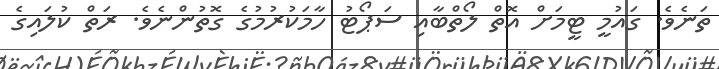
ތަނެވެ. ގައުމީ ޓީމަށް އޮތް ލޯތްބާއި ސަޕޯޓު ހާމަކުރުމުގެ ގޮތުންނެވެ. ރަތް ކުލައިގެ